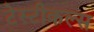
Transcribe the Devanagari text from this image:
टेस्टीकल्स